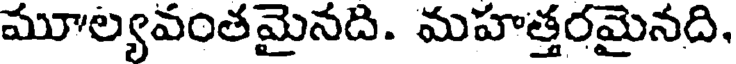
మూల్యవంతమైనది. మహత్తరమైనది,